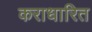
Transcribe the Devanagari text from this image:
कराधारित